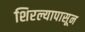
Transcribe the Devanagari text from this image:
शिरल्यापासून